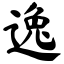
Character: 逸